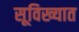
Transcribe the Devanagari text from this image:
सूविख्यात